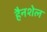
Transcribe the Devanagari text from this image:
हैनशेल